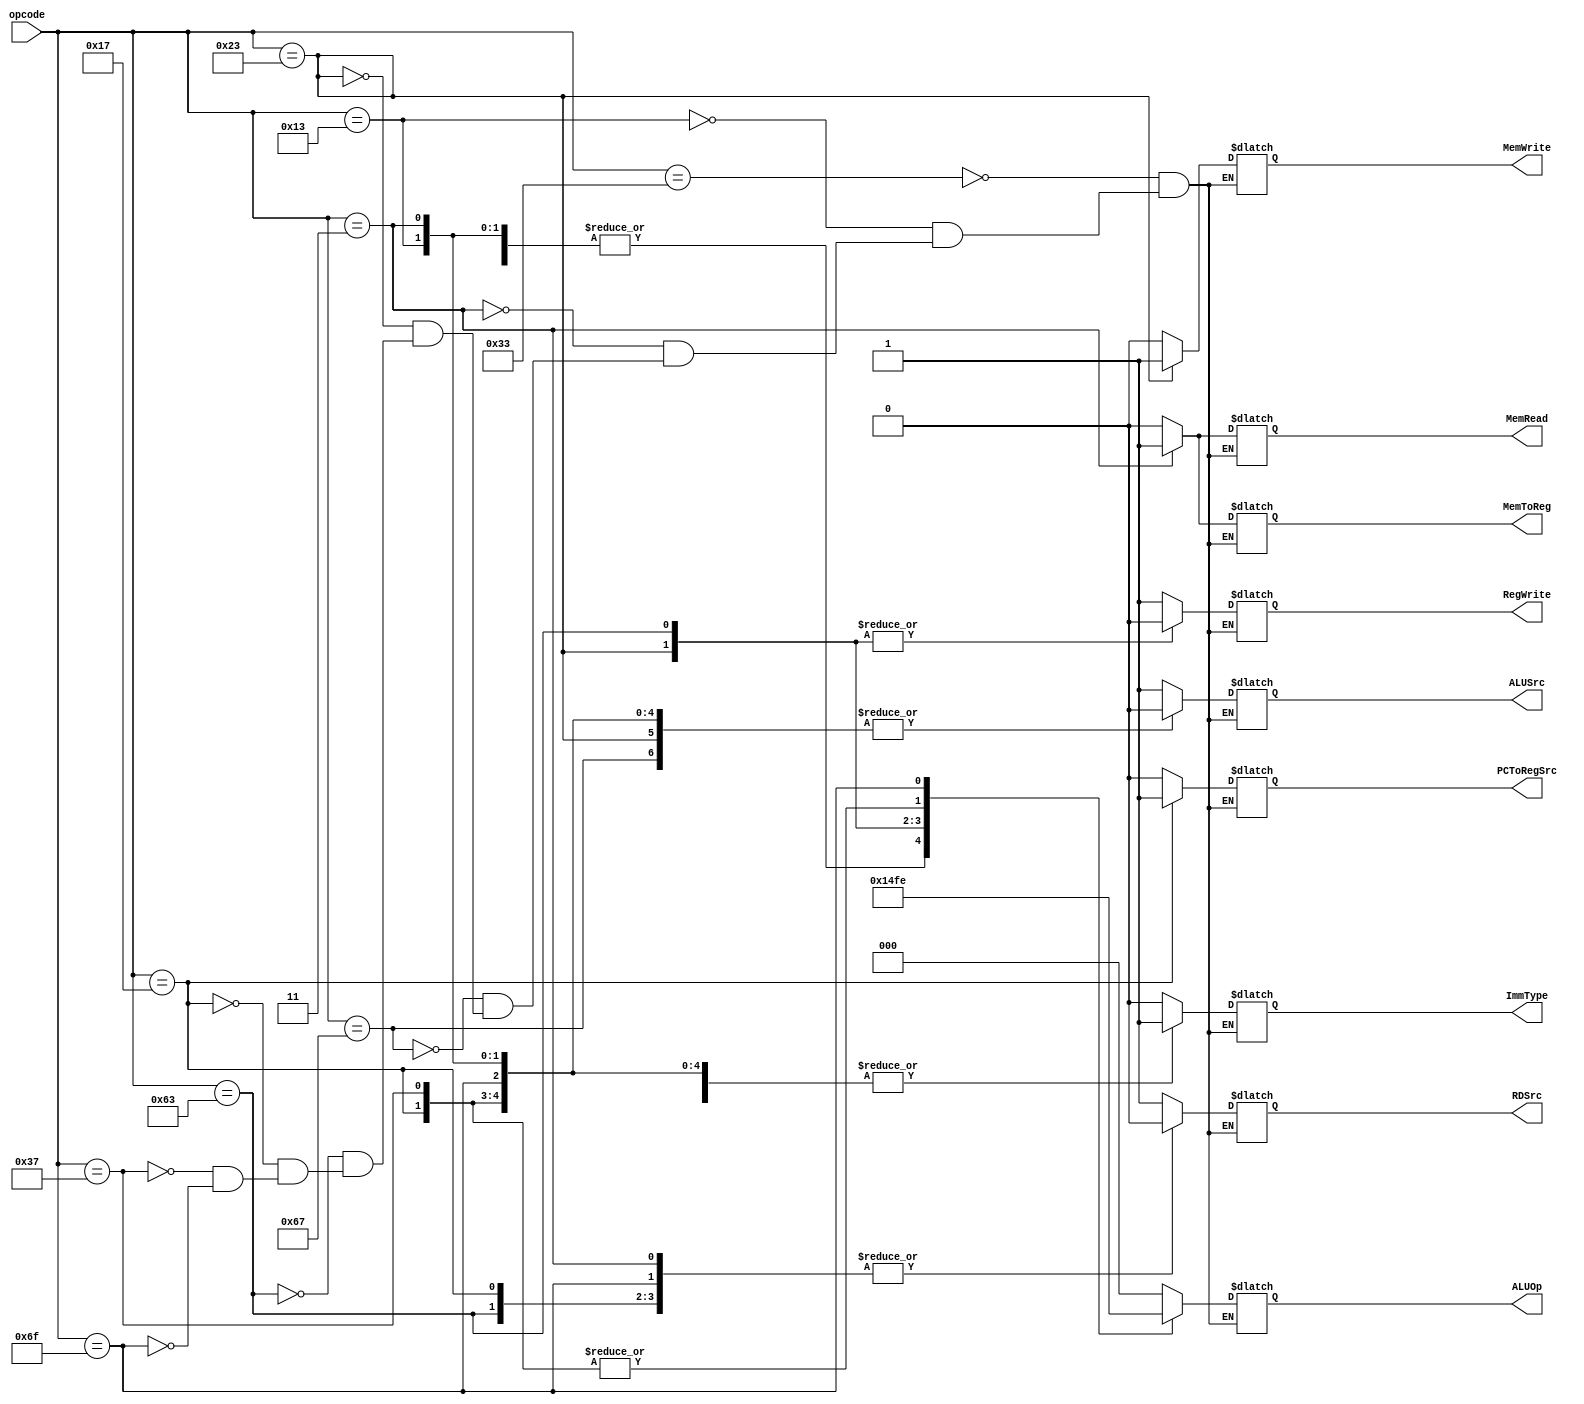
module  Decoder(
    input [6:0] opcode,
    output reg RegWrite,
    output reg ImmType,
    output reg PCToRegSrc,
    output reg RDSrc,
    output reg MemRead,
    output reg MemWrite,
    output reg MemToReg,
    output reg ALUSrc,
    output reg [2:0] ALUOp
);

always @(*) begin

    $display(opcode);
    case( opcode )
    7'b0110011: begin // R-type
        RegWrite = 1'b1;
        ImmType = 1'b0;
        PCToRegSrc = 1'b0;
        RDSrc = 1'b1;
        MemRead = 1'b0;
        MemWrite = 1'b0;
        MemToReg = 1'b0;
        ALUSrc = 1'b1;
        ALUOp = 3'b000;
    end
    7'b0010011: begin // I-type normal
        RegWrite = 1'b1;
        ImmType = 1'b1;
        PCToRegSrc = 1'b0;
        RDSrc = 1'b1;
        MemRead = 1'b0;
        MemWrite = 1'b0;
        MemToReg = 1'b0;
        ALUSrc = 1'b0;
        ALUOp = 3'b001;
    end
    7'b0000011: begin // I-type Lw
        RegWrite = 1'b1;
        ImmType = 1'b1;
        PCToRegSrc = 1'b0;
        RDSrc = 1'b0;
        MemRead = 1'b1;
        MemWrite = 1'b0;
        MemToReg = 1'b1;
        ALUSrc = 1'b0;
        ALUOp = 3'b001;
    end
    7'b1100111: begin // I-type JALR
        RegWrite = 1'b1;
        ImmType = 1'b1;
        PCToRegSrc = 1'b0;
        RDSrc = 1'b0;
        MemRead = 1'b0;
        MemWrite = 1'b0;
        MemToReg = 1'b0;
        ALUSrc = 1'b0;
        ALUOp = 3'b001;
    end
    7'b0100011: begin // S-type
        RegWrite = 1'b0;
        ImmType = 1'b1;
        PCToRegSrc = 1'b0;
        RDSrc = 1'b1;
        MemRead = 1'b0;
        MemWrite = 1'b1;
        MemToReg = 1'b0;
        ALUSrc = 1'b0;
        ALUOp = 3'b010;
    end
    7'b1100011: begin // B-type
        RegWrite = 1'b0;
        ImmType = 1'b1;
        PCToRegSrc = 1'b0;
        RDSrc = 1'b0;
        MemRead = 1'b0;
        MemWrite = 1'b0;
        MemToReg = 1'b0;
        ALUSrc = 1'b1;// todo
        ALUOp = 3'b011;
    end
    7'b0010111: begin // U-type AUIPC
        RegWrite = 1'b1;
        ImmType = 1'b1;
        PCToRegSrc = 1'b1;
        RDSrc = 1'b0;
        MemRead = 1'b0;
        MemWrite = 1'b0;
        MemToReg = 1'b0;
        ALUSrc = 1'b0;
        ALUOp = 3'b111;
    end
    7'b0110111: begin // U-type LUI
        RegWrite = 1'b1;
        ImmType = 1'b1;
        PCToRegSrc = 1'b0;
        RDSrc = 1'b1;
        MemRead = 1'b0;
        MemWrite = 1'b0;
        MemToReg = 1'b0;
        ALUSrc = 1'b0;
        ALUOp = 3'b111;
    end
    7'b1101111: begin // J-type
        RegWrite = 1'b1;
        ImmType = 1'b1;
        PCToRegSrc = 1'b0;
        RDSrc = 1'b0;
        MemRead = 1'b0;
        MemWrite = 1'b0;
        MemToReg = 1'b0;
        ALUSrc = 1'b0;
        ALUOp = 3'b110;
    end
    endcase
end

endmodule